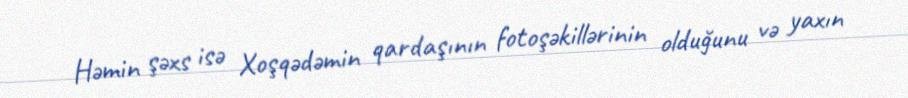
Həmin şəxs isə Xoşqədəmin qardaşının fotoşəkillərinin olduğunu və yaxın